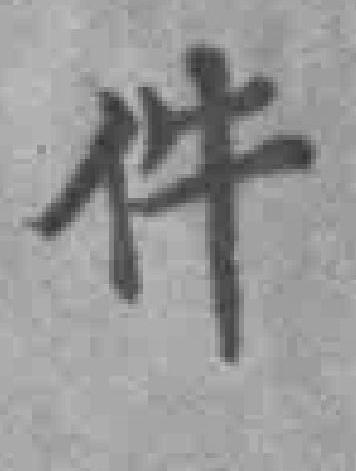
件